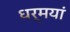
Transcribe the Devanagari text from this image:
धर्मयां